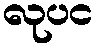
လုပင